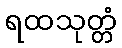
ရထသုတ္တံ